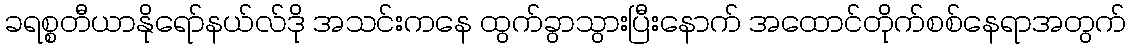
ခရစ္စတီယာနိုရော်နယ်လ်ဒို အသင်းကနေ ထွက်ခွာသွားပြီးနောက် အထောင်တိုက်စစ်နေရာအတွက်